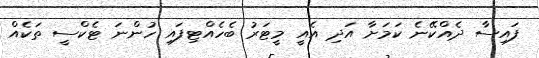
ފައިސާ ދެއްކޭނެ ކަމަށާ އަދި އެއީ މީޓަރު ބެހެއްޓިފައި ހުންނަ ޓެކްސީ ތަކެއް